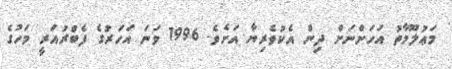
މަޢުލޫމާތު އަހަންނަށް ދިން އެކުވެރިޔާ އަށެވެ. 1996 ވަނަ އަހަރުގެ ފެބްރުއަރީ މަހުގެ